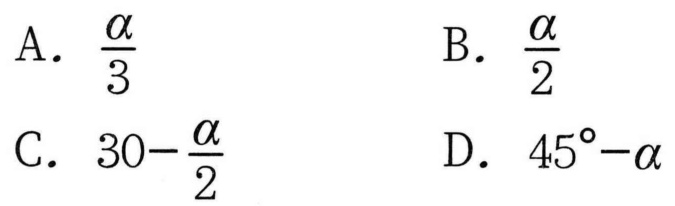
A. \(\dfrac{\alpha}{3}\)
B. \(\dfrac{\alpha}{2}\)
C. \(30 - \dfrac{\alpha}{2}\)
D. \(45^{\circ}-\alpha\)